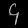
Digit: ၄